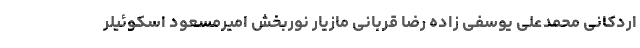
اردکانی محمدعلی یوسفی زاده رضا قربانی مازیار نوربخش امیرمسعود اسکوئیلر